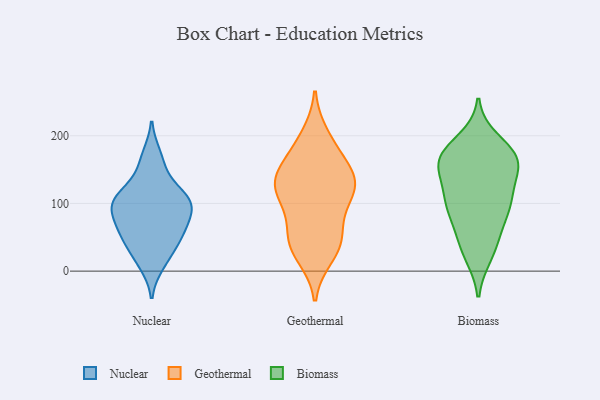
{"axis": {"x": "Website Visitors", "y": "Value"}, "legend": ["Biomass", "Geothermal", "Nuclear"], "data": [{"x": "", "y": 57, "type": "Nuclear"}, {"x": "", "y": 97, "type": "Nuclear"}, {"x": "", "y": 21, "type": "Nuclear"}, {"x": "", "y": 118, "type": "Nuclear"}, {"x": "", "y": 170, "type": "Nuclear"}, {"x": "", "y": 72, "type": "Nuclear"}, {"x": "", "y": 109, "type": "Nuclear"}, {"x": "", "y": 46, "type": "Nuclear"}, {"x": "", "y": 92, "type": "Nuclear"}, {"x": "", "y": 64, "type": "Nuclear"}, {"x": "", "y": 155, "type": "Nuclear"}, {"x": "", "y": 47, "type": "Nuclear"}, {"x": "", "y": 107, "type": "Nuclear"}, {"x": "", "y": 104, "type": "Nuclear"}, {"x": "", "y": 94, "type": "Nuclear"}, {"x": "", "y": 11, "type": "Nuclear"}, {"x": "", "y": 40, "type": "Geothermal"}, {"x": "", "y": 144, "type": "Geothermal"}, {"x": "", "y": 138, "type": "Geothermal"}, {"x": "", "y": 164, "type": "Geothermal"}, {"x": "", "y": 99, "type": "Geothermal"}, {"x": "", "y": 186, "type": "Geothermal"}, {"x": "", "y": 134, "type": "Geothermal"}, {"x": "", "y": 100, "type": "Geothermal"}, {"x": "", "y": 129, "type": "Geothermal"}, {"x": "", "y": 124, "type": "Geothermal"}, {"x": "", "y": 199, "type": "Geothermal"}, {"x": "", "y": 56, "type": "Geothermal"}, {"x": "", "y": 38, "type": "Geothermal"}, {"x": "", "y": 23, "type": "Geothermal"}, {"x": "", "y": 48, "type": "Geothermal"}, {"x": "", "y": 122, "type": "Geothermal"}, {"x": "", "y": 164, "type": "Biomass"}, {"x": "", "y": 193, "type": "Biomass"}, {"x": "", "y": 174, "type": "Biomass"}, {"x": "", "y": 176, "type": "Biomass"}, {"x": "", "y": 106, "type": "Biomass"}, {"x": "", "y": 90, "type": "Biomass"}, {"x": "", "y": 169, "type": "Biomass"}, {"x": "", "y": 155, "type": "Biomass"}, {"x": "", "y": 115, "type": "Biomass"}, {"x": "", "y": 157, "type": "Biomass"}, {"x": "", "y": 96, "type": "Biomass"}, {"x": "", "y": 92, "type": "Biomass"}, {"x": "", "y": 110, "type": "Biomass"}, {"x": "", "y": 45, "type": "Biomass"}, {"x": "", "y": 24, "type": "Biomass"}, {"x": "", "y": 63, "type": "Biomass"}, {"x": "", "y": 30, "type": "Biomass"}, {"x": "", "y": 150, "type": "Biomass"}, {"x": "", "y": 159, "type": "Biomass"}]}